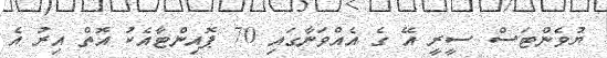
ޔުވެންޓަސް ސީރީ އޭ ގެ އެއްވަނާގައި 70 ޕޮއިންޓާއެކު އޮތް އިރު އެ